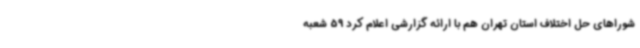
شوراهای حل اختلاف استان تهران هم با ارائه گزارشی اعلام کرد 59 شعبه